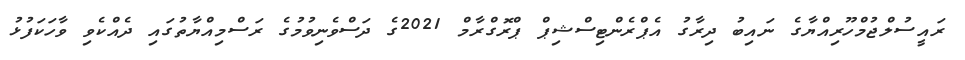
ރައީސުލްޖުމްހޫރިއްޔާގެ ނައިބު ދިރާގު އެޕްރެންޓިސްޝިޕް ޕްރޮގްރާމް 2021ގެ ދަސްވެނިވުމުގެ ރަސްމިއްޔާތުގައި ދެއްކެވި ވާހަކަފުޅު